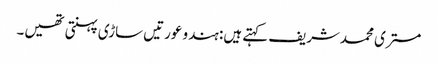
مستری محمدشریف کہتے ہیں: ہندو عورتیں ساڑی پہنتی تھیں۔